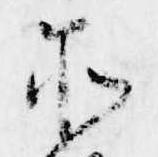
所